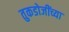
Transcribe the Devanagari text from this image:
तुकडोजींच्या